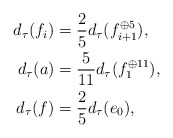
\begin{align*} d_\tau(f_i) &= \frac{2}{5}d_\tau(f_{i+1}^{\oplus 5}),\\ d_\tau(a) &= \frac{5}{11}d_\tau(f_1^{\oplus 11}),\\ d_\tau(f) &= \frac{2}{5}d_\tau(e_0),\end{align*}